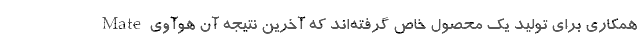
همکاری برای تولید یک محصول خاص گرفته‌اند که آخرین نتیجه آن هوآوی Mate